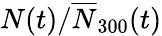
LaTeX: {N}(t)/\overline{{N}}_{300}(t)